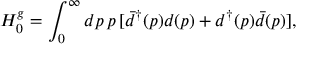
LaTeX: H _ { 0 } ^ { g } = \int _ { 0 } ^ { \infty } d p \, p \, [ { \bar { d } } ^ { \dag } ( p ) d ( p ) + d ^ { \dag } ( p ) \bar { d } ( p ) ] ,